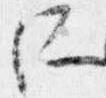
所